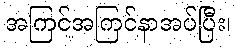
အကြင်အကြင်နာအပ်ပြီး၊